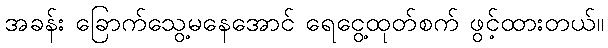
အခန်း ခြောက်သွေ့မနေအောင် ရေငွေ့ထုတ်စက် ဖွင့်ထားတယ်။